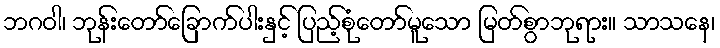
ဘဂဝါ၊ ဘုန်းတော်ခြောက်ပါးနှင့် ပြည့်စုံတော်မူသော မြတ်စွာဘုရား။ သာသနေ၊